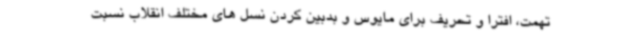
تهمت، افترا و تحریف برای مایوس و بدبین کردن نسل های مختلف انقلاب نسبت